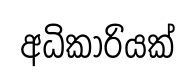
අධිකාරියක්